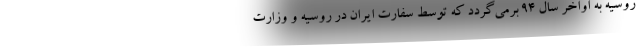
روسیه به اواخر سال 94 برمی‌گردد که توسط سفارت ایران در روسیه و وزارت